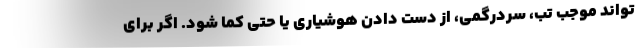
تواند موجب تب، سردرگمی، از دست دادن هوشیاری یا حتی کما شود. اگر برای